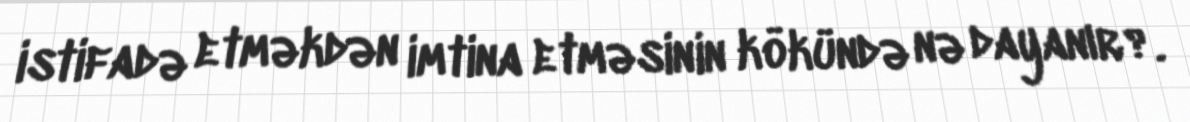
istifadə etməkdən imtina etməsinin kökündə nə dayanır?.